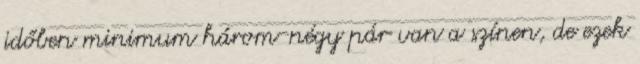
időben minimum három-négy pár van a színen, de ezek